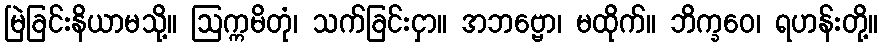
မြဲခြင်းနိယာမသို့။ ဩက္ကမိတုံ၊ သက်ခြင်းငှာ။ အဘဗ္ဗော၊ မထိုက်။ ဘိက္ခဝေ၊ ရဟန်းတို့။